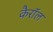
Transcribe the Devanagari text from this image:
कैराॅल